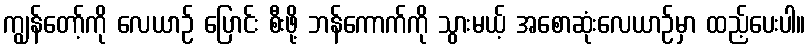
ကျွန်တော့်ကို လေယာဉ် ပြောင်း စီးဖို့ ဘန်ကောက်ကို သွားမယ့် အစောဆုံးလေယာဉ်မှာ ထည့်ပေးပါ။